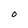
Character: O